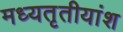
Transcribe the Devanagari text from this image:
मध्यतृतीयांश